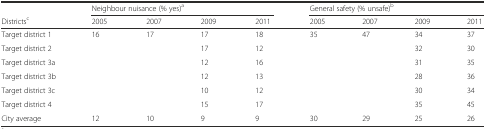
|  | <COLSPAN=4> Neighbour nuisance (% yes)a | <COLSPAN=4> General safety (% unsafe)b |
 | Districtsc | 2005 | 2007 | 2009 | 2011 | 2005 | 2007 | 2009 | 2011 |
 | --- | --- | --- | --- | --- | --- | --- | --- | --- |
 | Target district 1 | 16 | 17 | 17 | 18 | 35 | 47 | 34 | 37 |
 | Target district 2 |  |  | 17 | 12 |  |  | 32 | 30 |
 | Target district 3a |  |  | 12 | 16 |  |  | 31 | 35 |
 | Target district 3b |  |  | 12 | 13 |  |  | 28 | 36 |
 | Target district 3c |  |  | 10 | 12 |  |  | 30 | 34 |
 | Target district 4 |  |  | 15 | 17 |  |  | 35 | 45 |
 | City average | 12 | 10 | 9 | 9 | 30 | 29 | 25 | 26 |